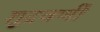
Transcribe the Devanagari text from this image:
शूद्रवर्णी